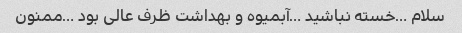
سلام …خسته نباشید …آبمیوه و بهداشت ظرف عالی بود …ممنون